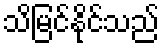
သိမြင်နိုင်သည်